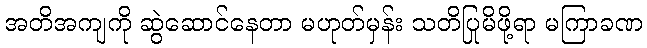
အတိအကျကို ဆွဲဆောင်နေတာ မဟုတ်မှန်း သတိပြုမိဖို့ရာ မကြာခဏ